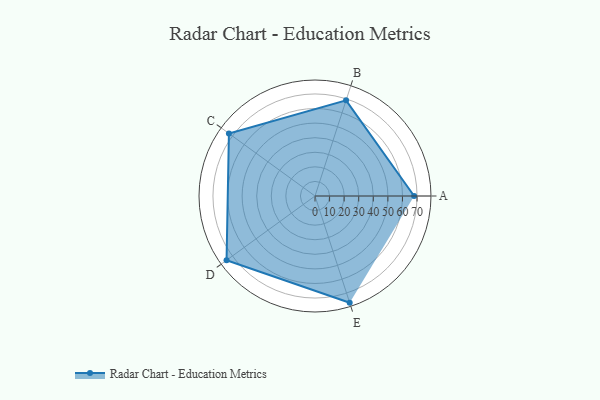
{"axis": {"x": "Skill", "y": "Score"}, "legend": ["Profile"], "data": [{"x": "A", "y": 68.0, "type": "Profile"}, {"x": "B", "y": 69.0, "type": "Profile"}, {"x": "C", "y": 73.0, "type": "Profile"}, {"x": "D", "y": 75.0, "type": "Profile"}, {"x": "E", "y": 77.0, "type": "Profile"}]}